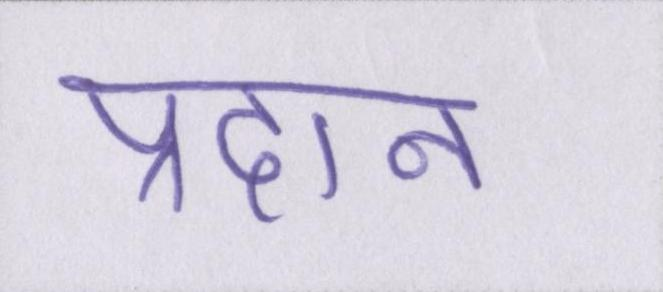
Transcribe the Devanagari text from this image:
प्रदान